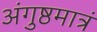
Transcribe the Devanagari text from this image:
अंगुष्ठमात्रं